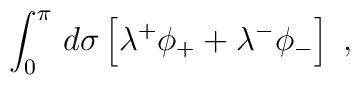
\int_0^\pi\,d\sigma\left[\lambda^+\phi_++\lambda^-\phi_-\right]\ ,